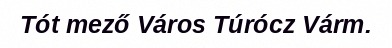
Tót mező Város Túrócz Várm.